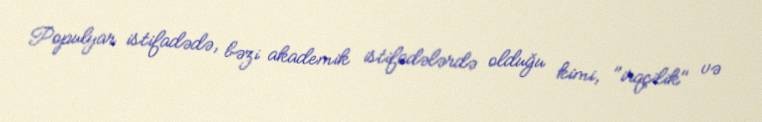
Populyar istifadədə, bəzi akademik istifadələrdə olduğu kimi, "irqçilik" və